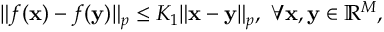
\begin{array} { r } { \| \boldsymbol { f } ( \mathbf { x } ) - \boldsymbol { f } ( \mathbf { y } ) \| _ { p } \leq K _ { 1 } \| \mathbf { x } - \mathbf { y } \| _ { p } , \ \forall \mathbf { x } , \mathbf { y } \in \mathbb { R } ^ { M } , } \end{array}